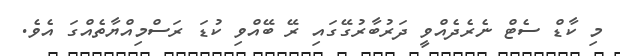
މި ކާޑް ސެޓް ނެރެދެއްވީ ދަރުބާރުގޭގައި ރޭ ބޭއްވި ކުޑަ ރަސްމިއްޔާތެއްގަ އެވެ.